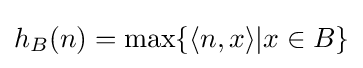
h_{B}(n)=\max\{\langle n,x\rangle |x\in B\}